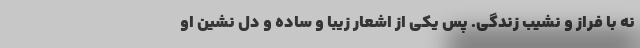
نه با فراز و نشیب زندگی. پس یکی از اشعار زیبا و ساده و دل نشین او